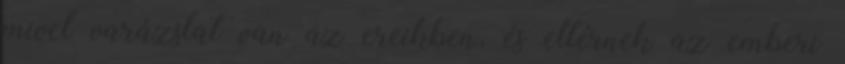
mivel varázslat van az ereikben, és eltérnek az emberi